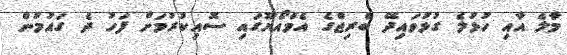
މާލެ އާއި ހުޅުލެ ގުޅުވައިދޭ ބްރިޖްގެ އެމްއޯޔޫގައި ސޮއިކުރުމަށް ފަހު ދެ ގައުމުން